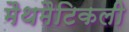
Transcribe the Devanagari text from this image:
मैथमैटिकली